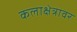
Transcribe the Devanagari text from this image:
कलाक्षेत्रावर